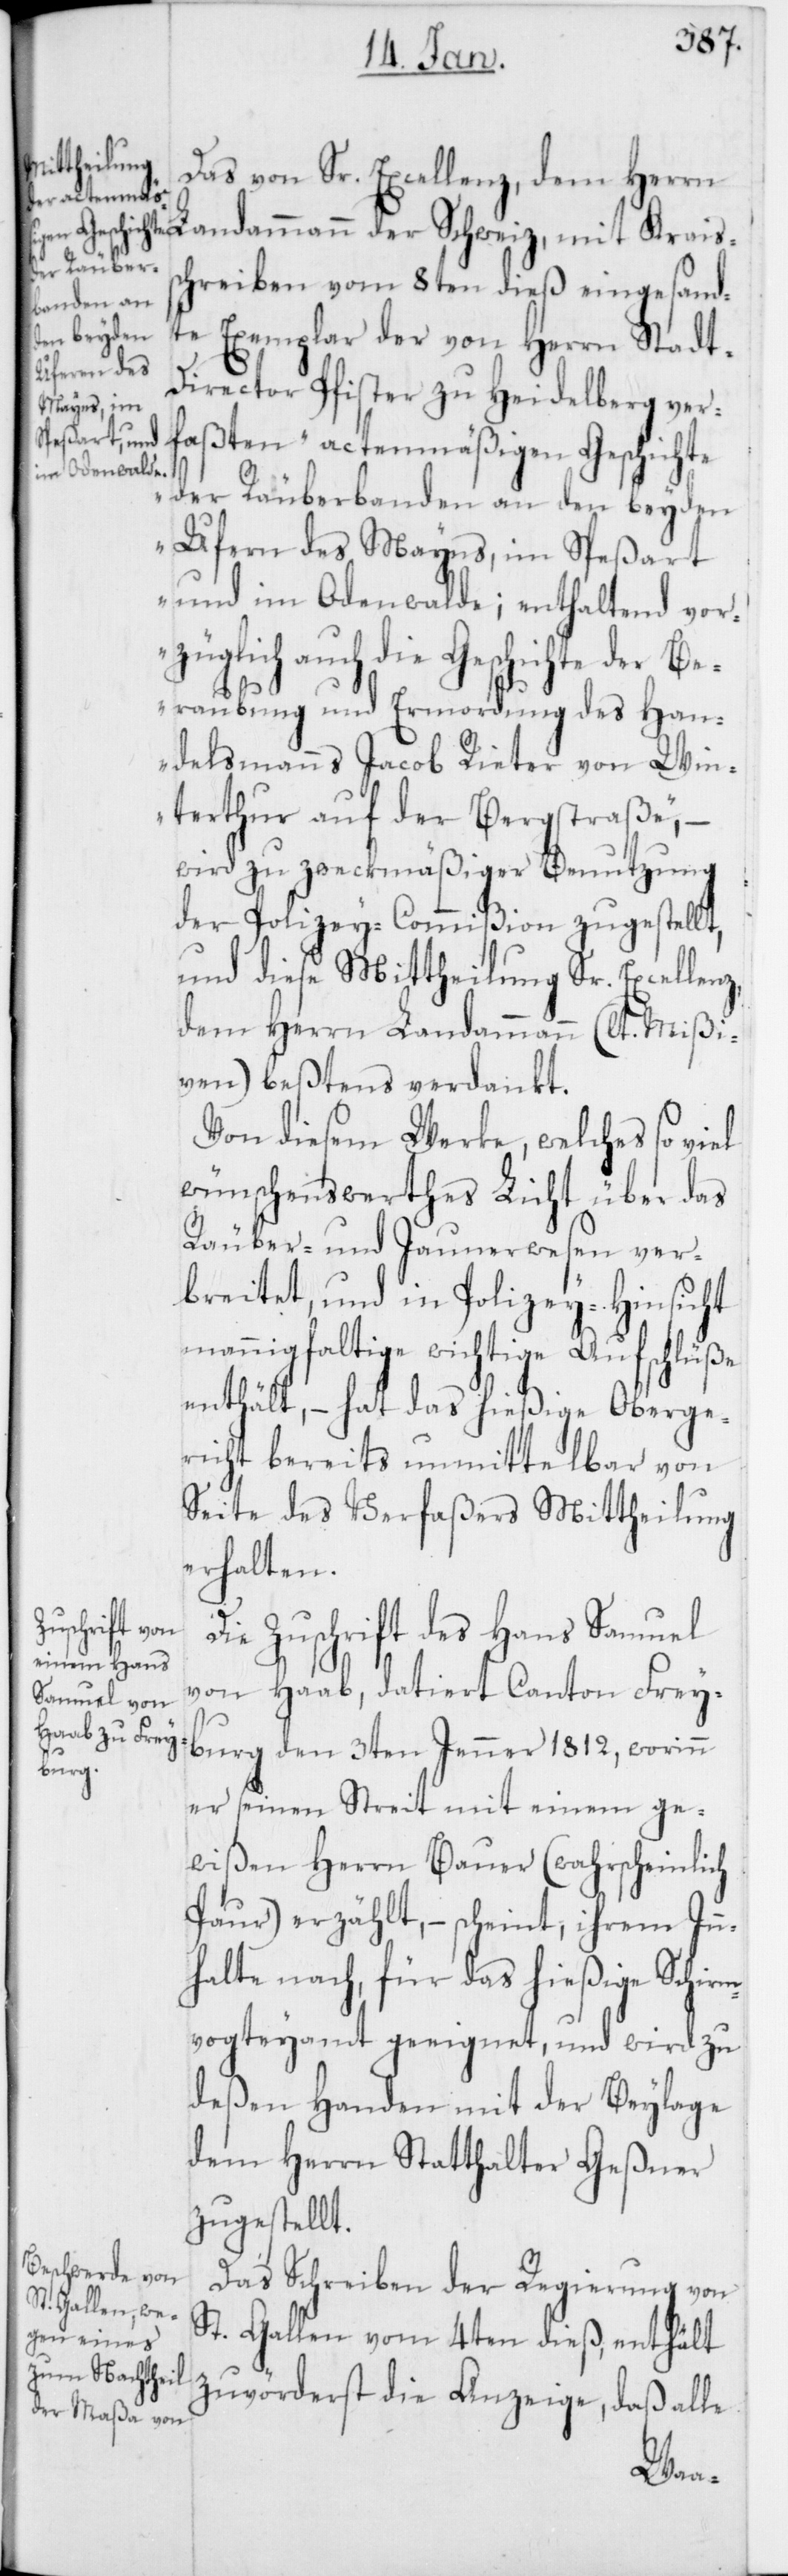
Das von Sr. Excellenz, dem Herrn
Landammann der Schweiz, mit Krais¬
schreiben vom 8ten dieß eingesand¬
te Exemplar der von Herrn Stad¬
t-Director Pfister zu Heidelberg ver¬
faßten „actenmäßigen Geschichte
der Räuberbanden an den beyden
Ufern des Mayns, im Speßart
und im Odenwalde; enthaltend vor¬
züglich auch die Geschichte der Be¬
raubung und Ermordung des Han¬
delsmanns Jacob Rieter von Win¬
terthur auf der Bergstraße“, –
wird zu zweckmäßiger Benutzung
der Polizey-Commißion zugestellt,
und diese Mittheilung Sr. Excellenz,
dem Herrn Landammann (lt. Mißi¬
ven) beßtens verdankt.
Von diesem Werke, welches so viel
wünschenswerthes Licht über das
Räuber- und Jaunerwesen ver¬
breitet, und in Polizey-Hinsicht
mannigfaltige wichtige Aufschlüße
enthält, – hat das hießige Oberge¬
richt bereits unmittelbar von
Seite des Verfaßers Mittheilung
erhalten.
Die Zuschrift des Hans Samuel
von Haab, datiert Canton Frey¬
burg den 3ten Jenner 1812, worinn
er seinen Streit mit einem ge¬
wißen Herrn Bauer (wahrscheinlich
Paur) erzählt, – scheint, ihrem Inn¬
halte nach, für das hießige Schirm¬
vogteyamt geeignet, und wird zu
deßen Handen mit der Beylage
dem Herrn Statthalter Geßner
zugestellt.
Das Schreiben der Regierung von
St. Gallen vom 4ten dieß, enthält
zuvörderst die Anzeige, daß alle